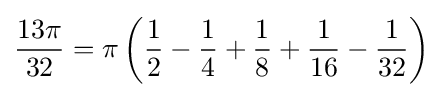
{\frac {13\pi }{32}}=\pi \left({\frac {1}{2}}-{\frac {1}{4}}+{\frac {1}{8}}+{\frac {1}{16}}-{\frac {1}{32}}\right)